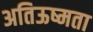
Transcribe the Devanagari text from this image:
अतिऊष्मता